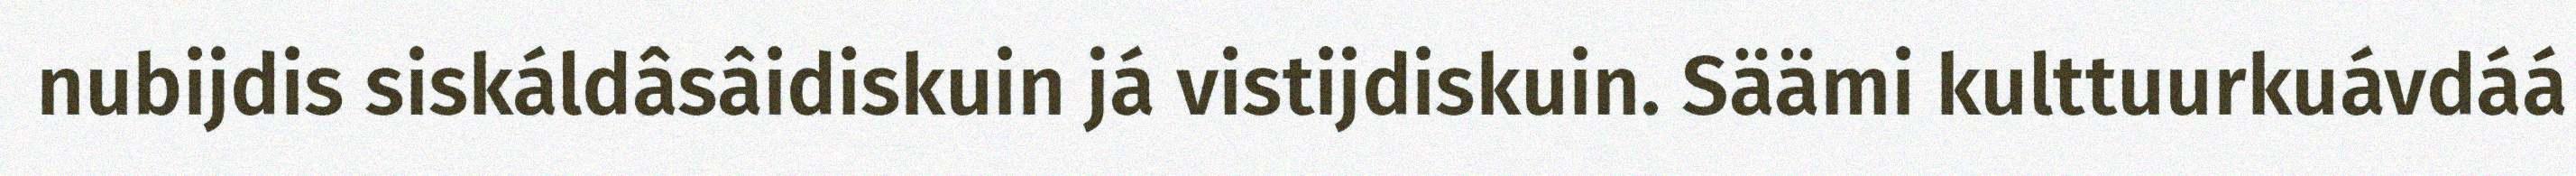
nubijdis siskáldâsâidiskuin já vistijdiskuin. Säämi kulttuurkuávdáá